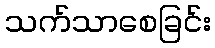
သက်သာစေခြင်း